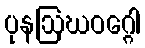
ပုနဩဃဝဂ္ဂေါ